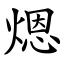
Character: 煾